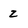
Character: z